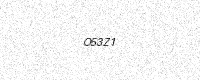
Text: O53Z1